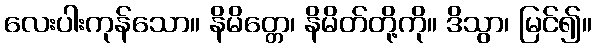
လေးပါးကုန်သော။ နိမိတ္တေ၊ နိမိတ်တို့ကို။ ဒိသွာ၊ မြင်၍။